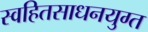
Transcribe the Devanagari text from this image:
स्वहितसाधनयुग्त